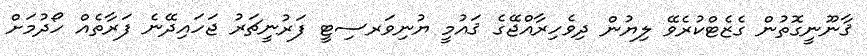
ޤާނޫނީގޮތުން ގެޒެޓްކުރެވޭ ލިޔުން ދިވެހިރާއްޖޭގެ ޤައުމީ ޔުނިވަރސިޓީ ފަރުނީޗަރު ޖަހައިދޭނެ ފަރާތެއް ހޯދުމަށް